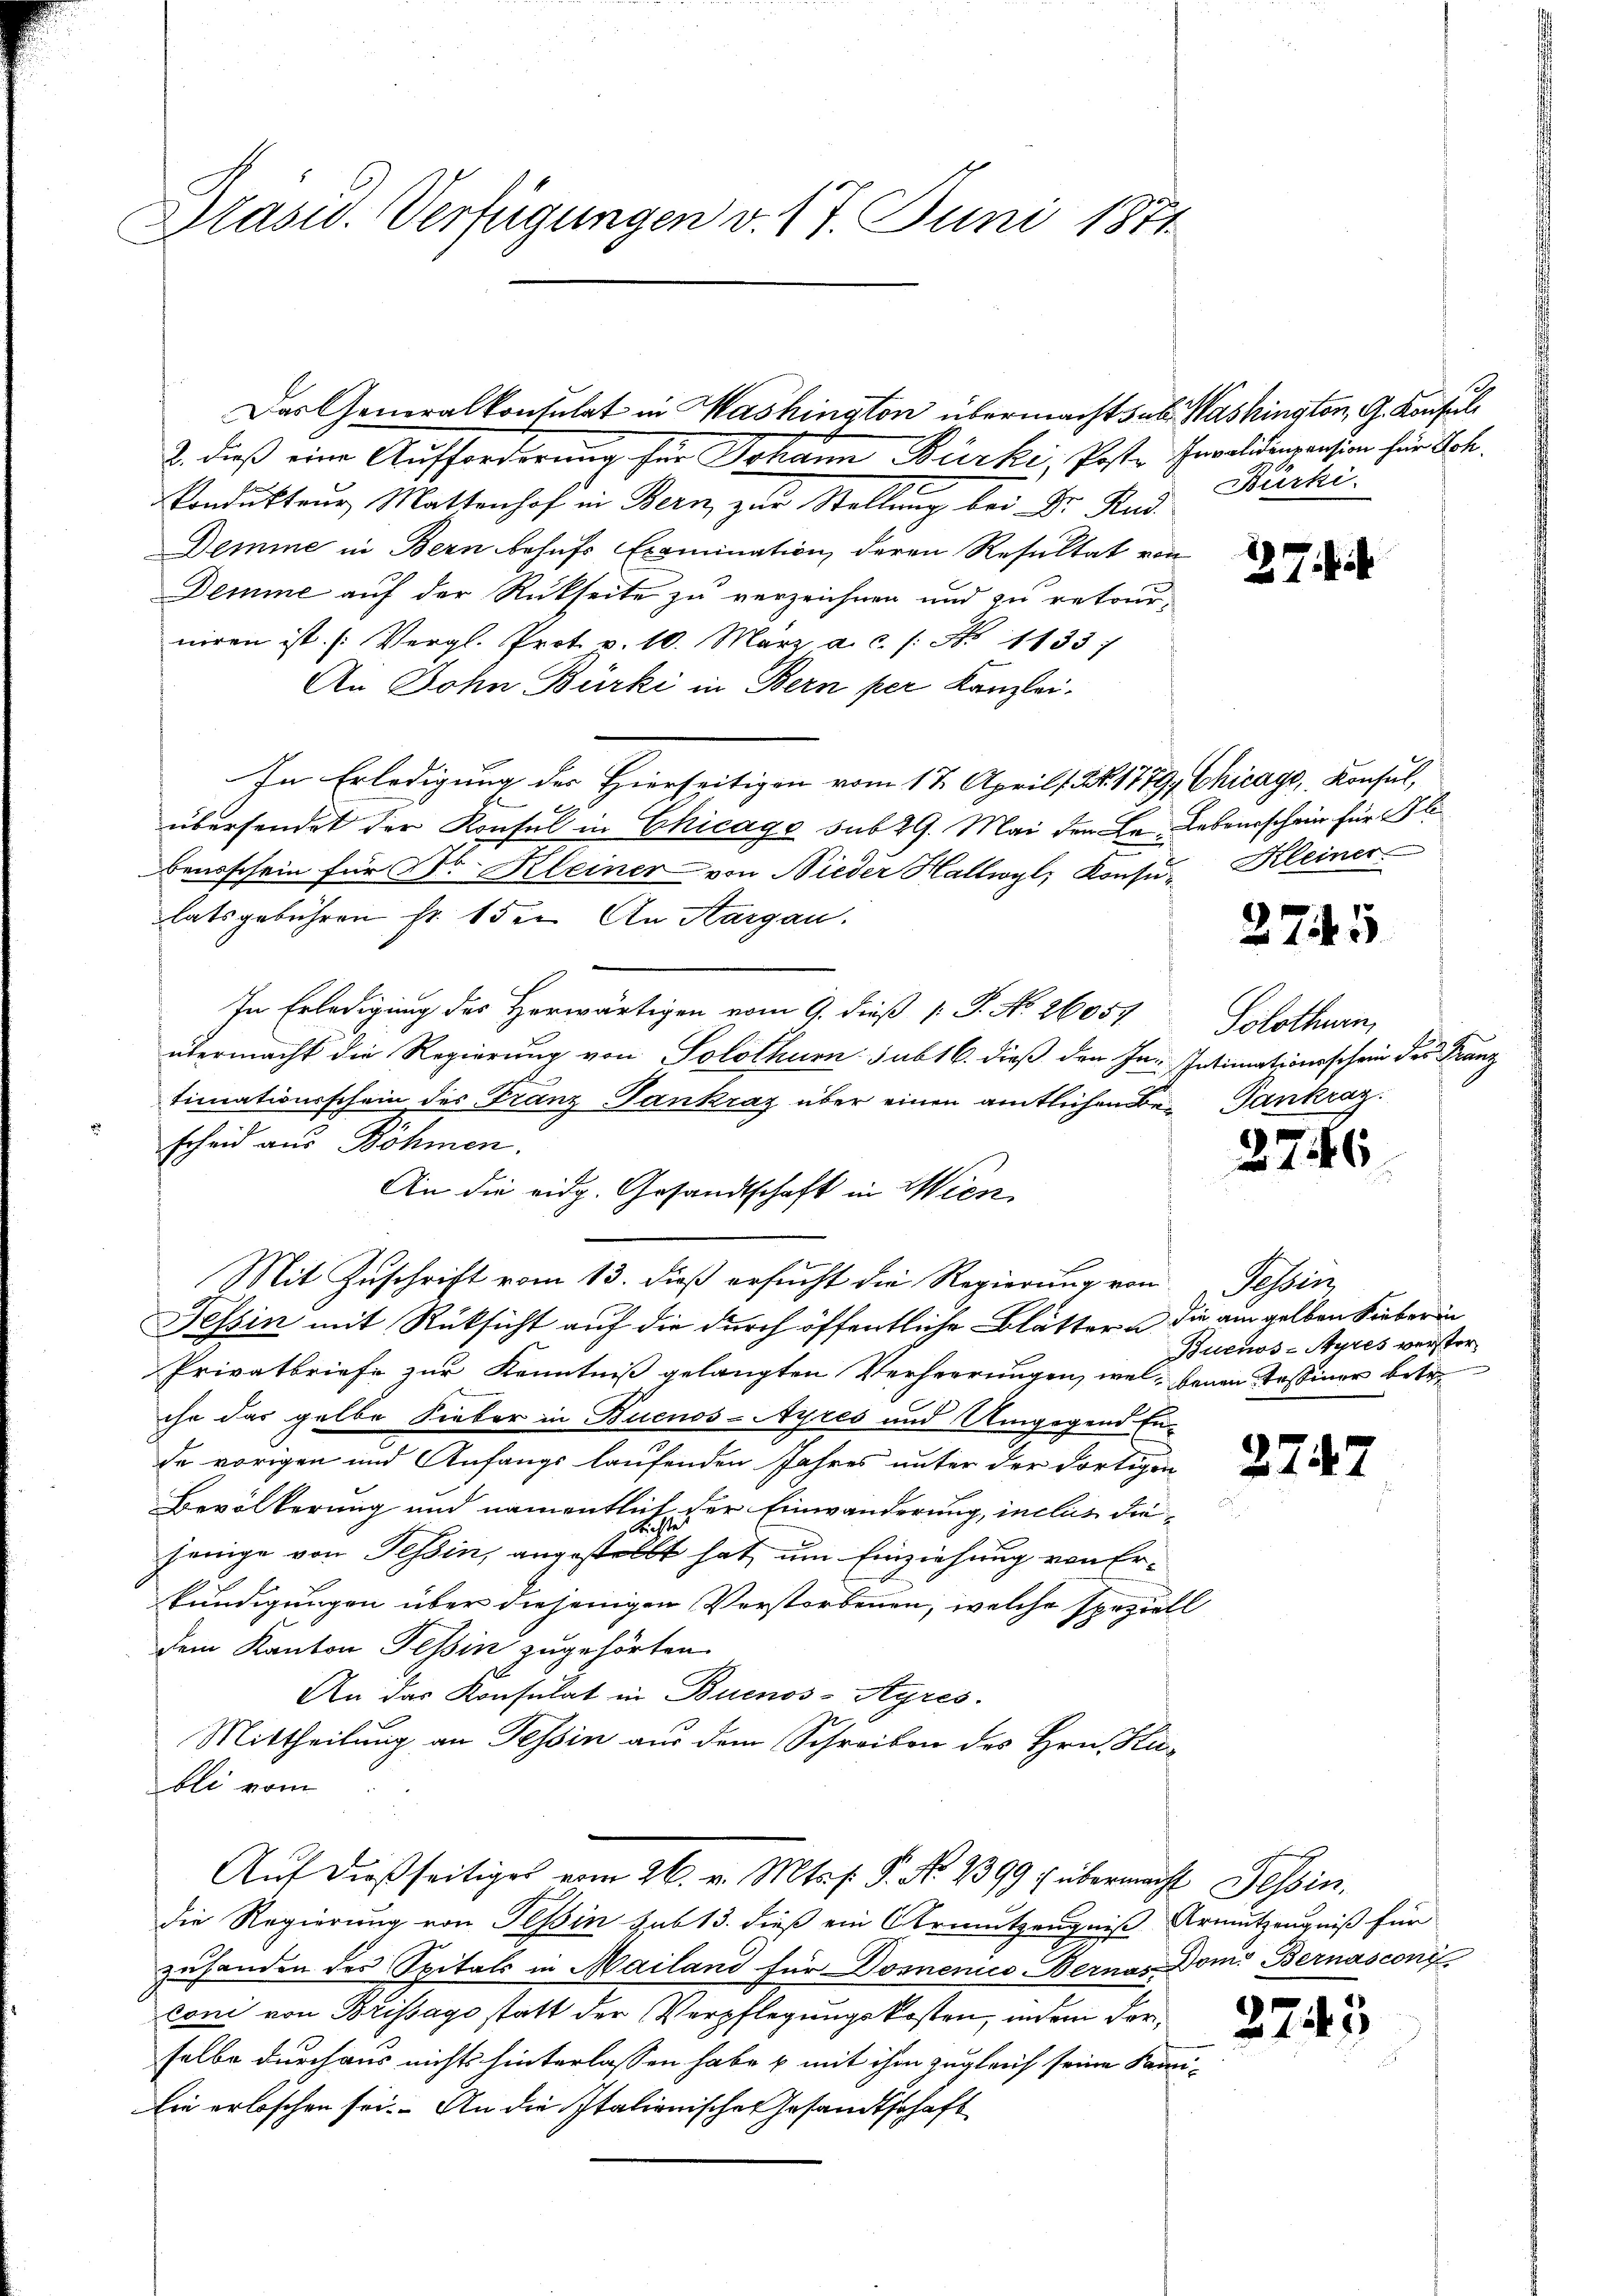
asw. Verfügungen v. 17. Juni 1871

Das Generalkonsulat in Washington übermacht sub. Washington, G. Konsul

2. dieß eine Aufforderung für Johann Bürke, Poster Invalidenpension sein Sch
Kondukteur Mattenhof in Bern, zur Stellung bei Dr. Rud
Demme in Bern behufs Examination deren Resultat von
Demme auf der Rückseite zu verzeichnen und zu retourniren ist. (Vergl. Prot. v. 10. März a.c. /: No 11337
An John Bürki in Bern per Kanzlei.
In Erledigung der Hierseitigen vom 17. April Nr. 1779, Chicago, Konsul,
übersendet der Konsul in Chicage sub 29. Mai dem Le. Lebenschein für Bli
Benossein für Dr. Kleiner von Nieder Hallwyl, Konsu- Kleiner
latsgebühren fr. 15. An Aargau.
In Erledigung des Horwärtigen vom 9. dieß P. P. No. 26057.
übermacht die Regierung von Solothurn sub 16. dieß den In Intimationsschein des Franz
timationsschein des Franz-Tankraz über einen amtlichen Be- Dankraz.
scheid aus Böhmen.
Mit Zuschrift vom 13. dieß ersucht die Regierung von Tessin,
Tessin mit Rüksicht auf die durch öffentliche Blätter u. die am gelben Sieber in
Privatbriefe zur Kenntniß gelangten Verheerungen, weil, benen Tessiner betr.
ihr das gelbe Sieber in Buenos-Ayres und Umgegend En-
de vorigen und Anfangs laufenden Jahres unter der dortigen
Bevölkerung und namentlich der Einwanderung, inclus diejenige von Tessin, angestellt hat, um Einziehung von Erkündigungen über diejenigen Verstorbenen, welche speziell
dem Kanton Tessin zugehörten
An das Konsulat in Buenos-Ayres.
Mittheilung an Tessin aus dem Schreiben des Hrn. Kubli vom
Auf dießseitiges vom 26. v. Mts. f. P. No 1399, übermacht Tessin,
die Regierung von Tessin sub 13. dieß ein Armutzeugniß Armutzeugniß für
zuhanden des Spitals in Mailand für Domenico- Bernas Dom. Bernasconi
oni von Brissago statt der Verpflegungskosten, indem dorselbe durchaus nichts hinterlassen habe u. mit ihm zugleich seine Sammi¬
Ein erlöschen sei. An die Italionisches Gesandtschaft

An die eidg. Gesandtschaft in Wien

Bürki

27

2745

Solothurn,

2746

Buenos-Ayres verster¬

27.

2

2743